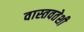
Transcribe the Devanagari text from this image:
वास्तवतेशी